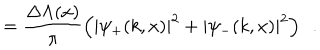
= \frac { \Delta \Lambda ( x ) } { \pi } \left( | \psi _ { + } ( k , x ) | ^ { 2 } + | \psi _ { - } ( k , x ) | ^ { 2 } \right) \ \ .